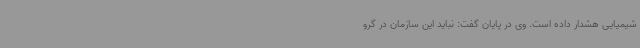
شیمیایی هشدار داده است. وی در پایان گفت: نباید این سازمان در گرو